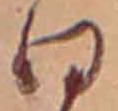
日